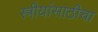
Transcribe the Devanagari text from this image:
स्त्रीयांसाठीचा